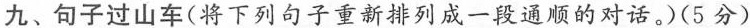
九、句子过山车(将下列句子重新排列成一段通顺的对话.(5分)